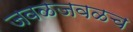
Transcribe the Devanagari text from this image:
जवळजवळच